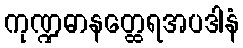
ကုဏ္ဍဓာနတ္ထေရအပဒါနံ